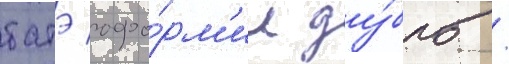
батэ офо́рм'ил ду́бль /